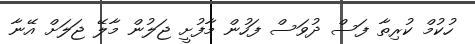
ހުކުމް ކުރިތާ ފަސް ދުވަސް ފަހުން މާފުށީ ޖަލުން މާލޭ ޖަލަށް އޭނާ